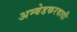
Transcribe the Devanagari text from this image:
अम्‍बेडकरवादी